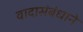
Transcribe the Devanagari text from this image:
वादासंबंधाने